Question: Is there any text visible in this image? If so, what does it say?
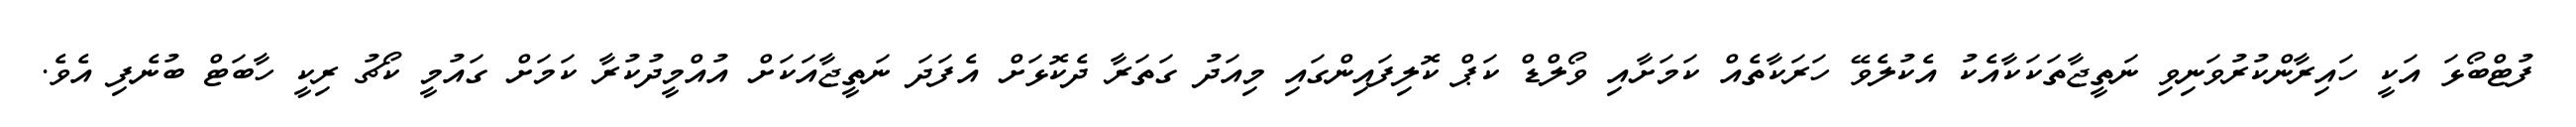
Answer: ފުޓްބޯޅަ އަކީ ހައިރާންކުރުވަނިވި ނަތީޖާތަކަކާއެކު އެކުލެވޭ ހަރަކާތެއް ކަމަށާއި ވޯލްޑް ކަޕް ކޮލިފައިންގައި މިއަދު ގަތަރާ ދެކޮޅަށް އެފަދަ ނަތީޖާއަކަށް އުއްމީދުކުރާ ކަމަށް ގައުމީ ކޯޗު ރިކީ ހާބަޓް ބުނެފި އެވެ.